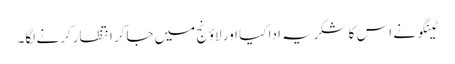
ٹینگو نے اس کا شکریہ ادا کیا اور لاؤنج میں جاکر انتظار کرنے لگا۔